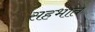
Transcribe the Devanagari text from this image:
सहभात